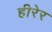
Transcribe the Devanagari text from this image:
हीरेर